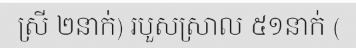
ស្រី ២នាក់) របួសស្រាល ៥១នាក់ (